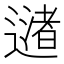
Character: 𬩅